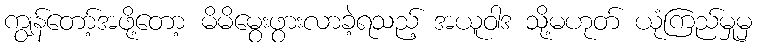
ကျွန်တော့်အဖို့တော့ မိမိမွေးဖွားလာခဲ့ရသည့် အယူဝါဒ သို့မဟုတ် ယုံကြည်မှုမှ